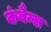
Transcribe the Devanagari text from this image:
कंबैन्स